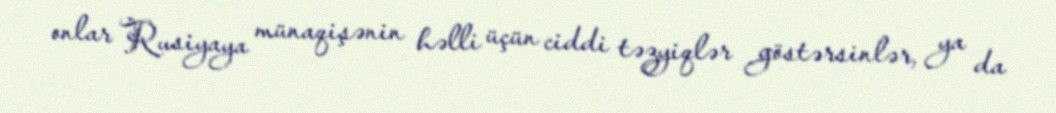
onlar Rusiyaya münaqişənin həlli üçün ciddi təzyiqlər göstərsinlər, ya da